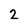
Character: 2